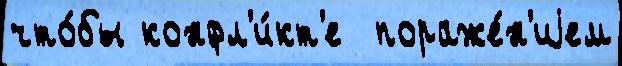
что́бы конфл'и́кт'е  пораже́н'иjем